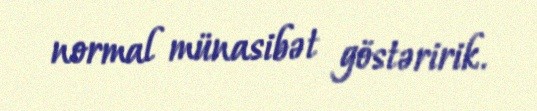
normal münasibət göstəririk.